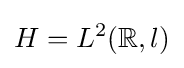
H=L^{2}(\mathbb {R} ,l)